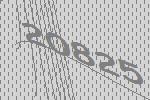
20825